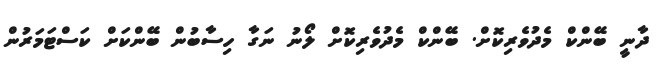
ދާނީ ބޭންކް މެދުވެރިކޮށް. ބޭންކް މެދުވެރިކޮށް ލޯނު ނަގާ ހިސާބުން ބޭންކަށް ކަސްޓަމަރުން